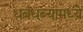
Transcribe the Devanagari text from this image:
धबधब्यांमध्ये